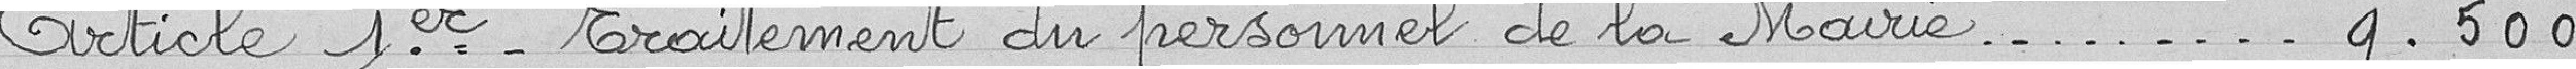
Article 1er - Traitement du personnel de la Mairie 9.500